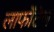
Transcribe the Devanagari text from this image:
लाफोंटेन